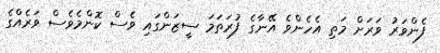
ފެންވަރު ވަރަށް މަތި އެހެންވެ އޭނާގެ ފުރަތަމަ ސީޒަންގައި ވެސް ކޮންމެވެސް ވަރެއްގެ